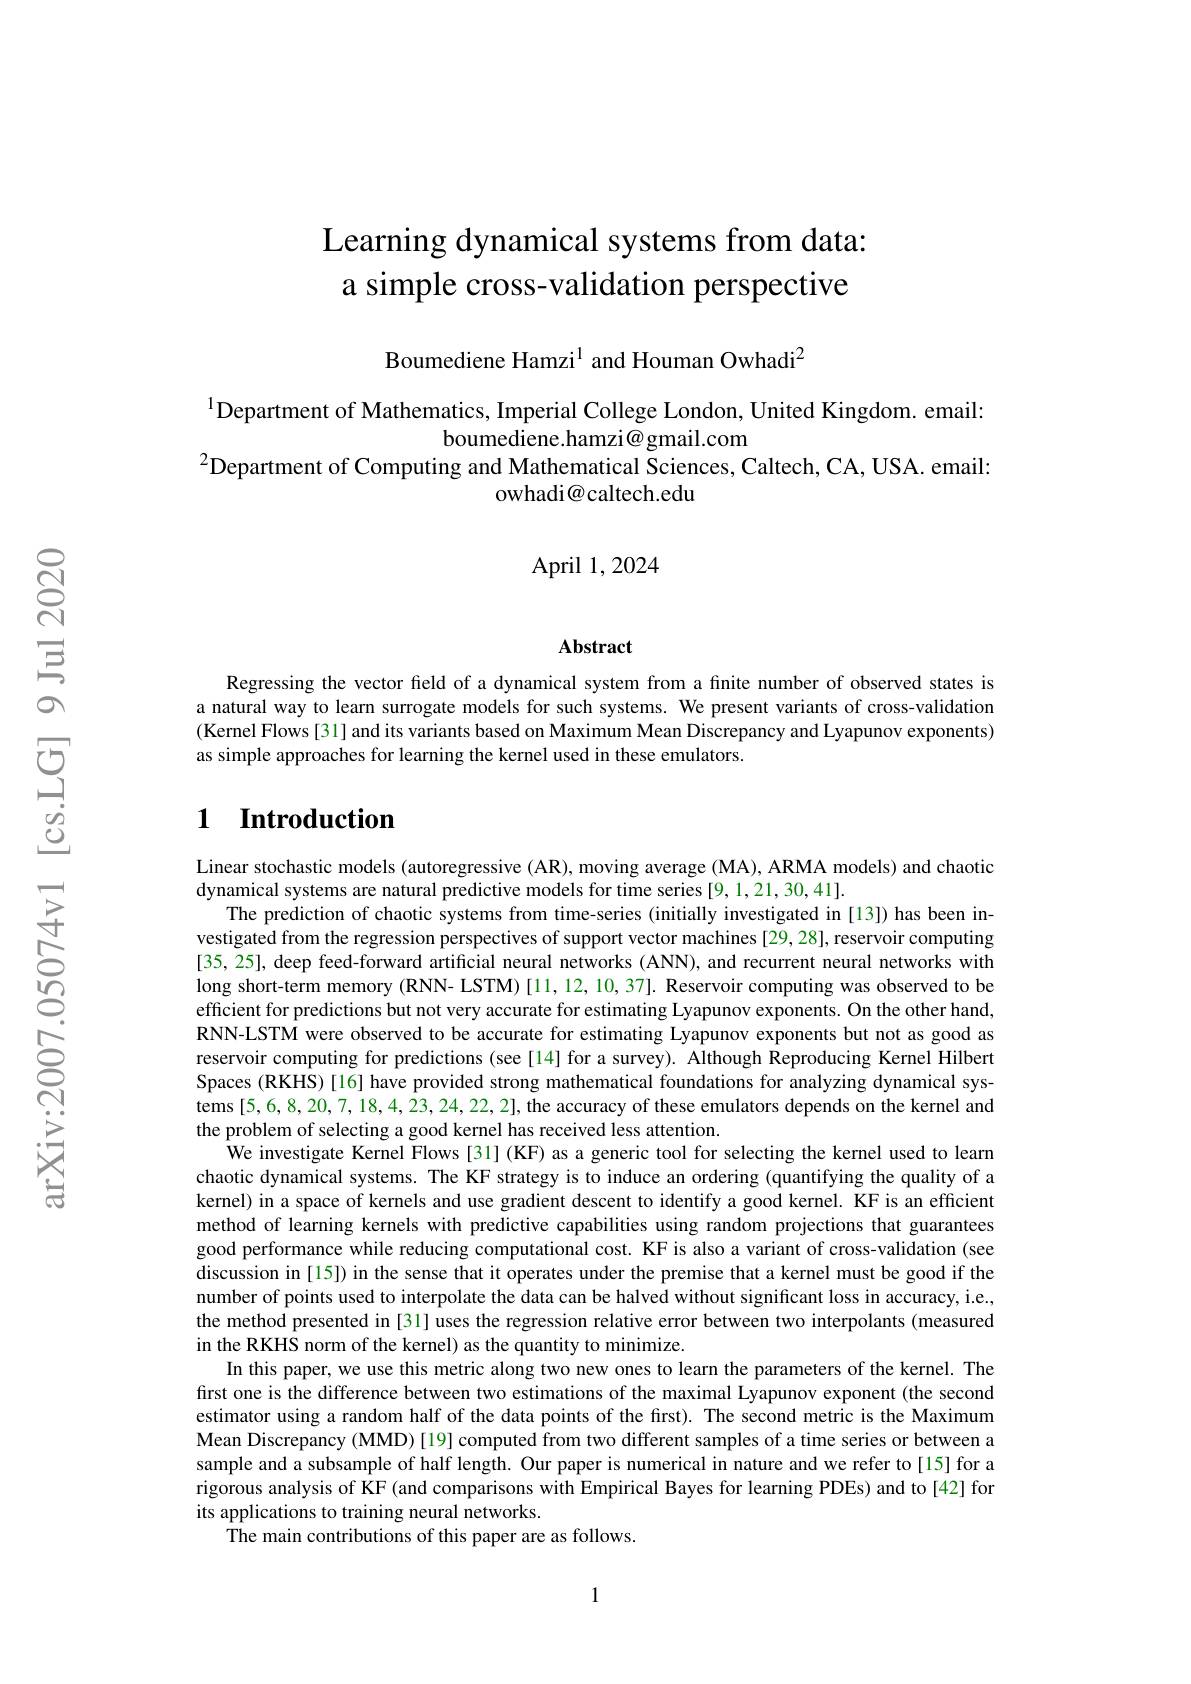
# Learning dynamical systems from data: a simple cross-validation perspective

Boumediene Hamzi$^{1}$ and Houman Owhadi$^{2}$

$^{1}$Department of Mathematics, Imperial College London, United Kingdom. email:
boumediene.hamzi@gmail.com
$^{2}$Department of Computing and Mathematical Šciences, Caltech, CA, USA. email:
owhadi@caltech.edu

## April 1, 2024

Abstract

Regressing the vector feld of a dynamical system from a finite number of observed states is a natural way to learn surrogate models for such systems. We present variants of cross-validation (Kernel Flows[31] and its variants based on Maximum Mean Discrepancy and Lyapunov exponents) as simple approaches for learning the kernel used in these emulators.

# 1 Introduction

Linear stochastic models (autoregressive (AR), moving average (MA), ARMA models) and chaotic
dynamical systems are natural predictive models for time series [9,1,21,30,41].
The prediction of chaotic systems from time-series (initially investigated in[13]) has been investigated from the regression perspectives of support vector machines [29, 28], reservoir computing [35,25], deep feed-forward artificial neural networks (ANN), and recurrent neural networks with long short-term memory (RNN- LSTM) [11,12,10,37]. Reservoir computing was observed to be efficient for predictions but not very accurate for estimating Lyapunov exponents. On the other hand, RNN-LSTM were observed to be accurate for estimating Lyapunov exponents but not as good as reservoir computing for predictions (see[14] for a survey). Although Reproducing Kernel Hilbert Spaces (RKHS) [16] have provided strong mathematical foundations for analyzing dynamical systems [5,6,8,20,7,18,4,23,24,22,2], the accuracy of these emulators depends on the kernel and the problem of selecting a good kernel has received less attention.
We investigate Kernel Flows[31](KF) as a generic tool for selecting the kernel used to learn chaotic dynamical systems. The KF strategy is to induce an ordering (quantifying the quality of a kernel) in a space of kernels and use gradient descent to identify a good kernel. KF is an efficient method of learning kernels with predictive capabilities using random projections that guarantees good performance while reducing computational cost. KF is also a variant of cross-validation (see discussion in [15]) in the sense that it operates under the premise that a kernel must be good if the number of points used to interpolate the data can be halved without significant loss in accuracy, i.e., the method presented in [31] uses the regression relative error between two interpolants (measured in the RKHS norm of the kernel) as the quantity to minimize.
In this paper, we use this metric along two new ones to learn the parameters of the kernel. The first one is the difference between two estimations of the maximal Lyapunov exponent (the second estimator using a random half of the data points of the first). The second metric is the Maximum Mean Discrepancy (MMD)[19] computed from two different samples of a time series or between a sample and a subsample of half length. Our paper is numerical in nature and we refer to[15] for a rigorous analysis of KF (and comparisons with Empirical Bayes for learning PDEs) and to[42] for its applications to training neural networks.
The main contributions of this paper are as follows.

1